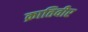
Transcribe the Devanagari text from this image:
क्रातिवीर